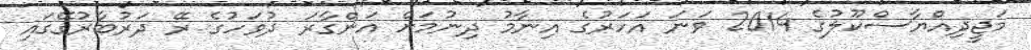
މަޖީދިއްޔާސްކޫލުގެ 2014 ވަނަ އަހަރުގެ އިނާމު ދިނުމަށް އަންގާރަ ދުވަހުގެ ރޭ ދަރުބާރުގޭގައި